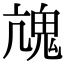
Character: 𩲋